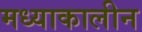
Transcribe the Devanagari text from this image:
मध्याकालीन